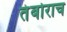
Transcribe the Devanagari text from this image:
तंबोराच